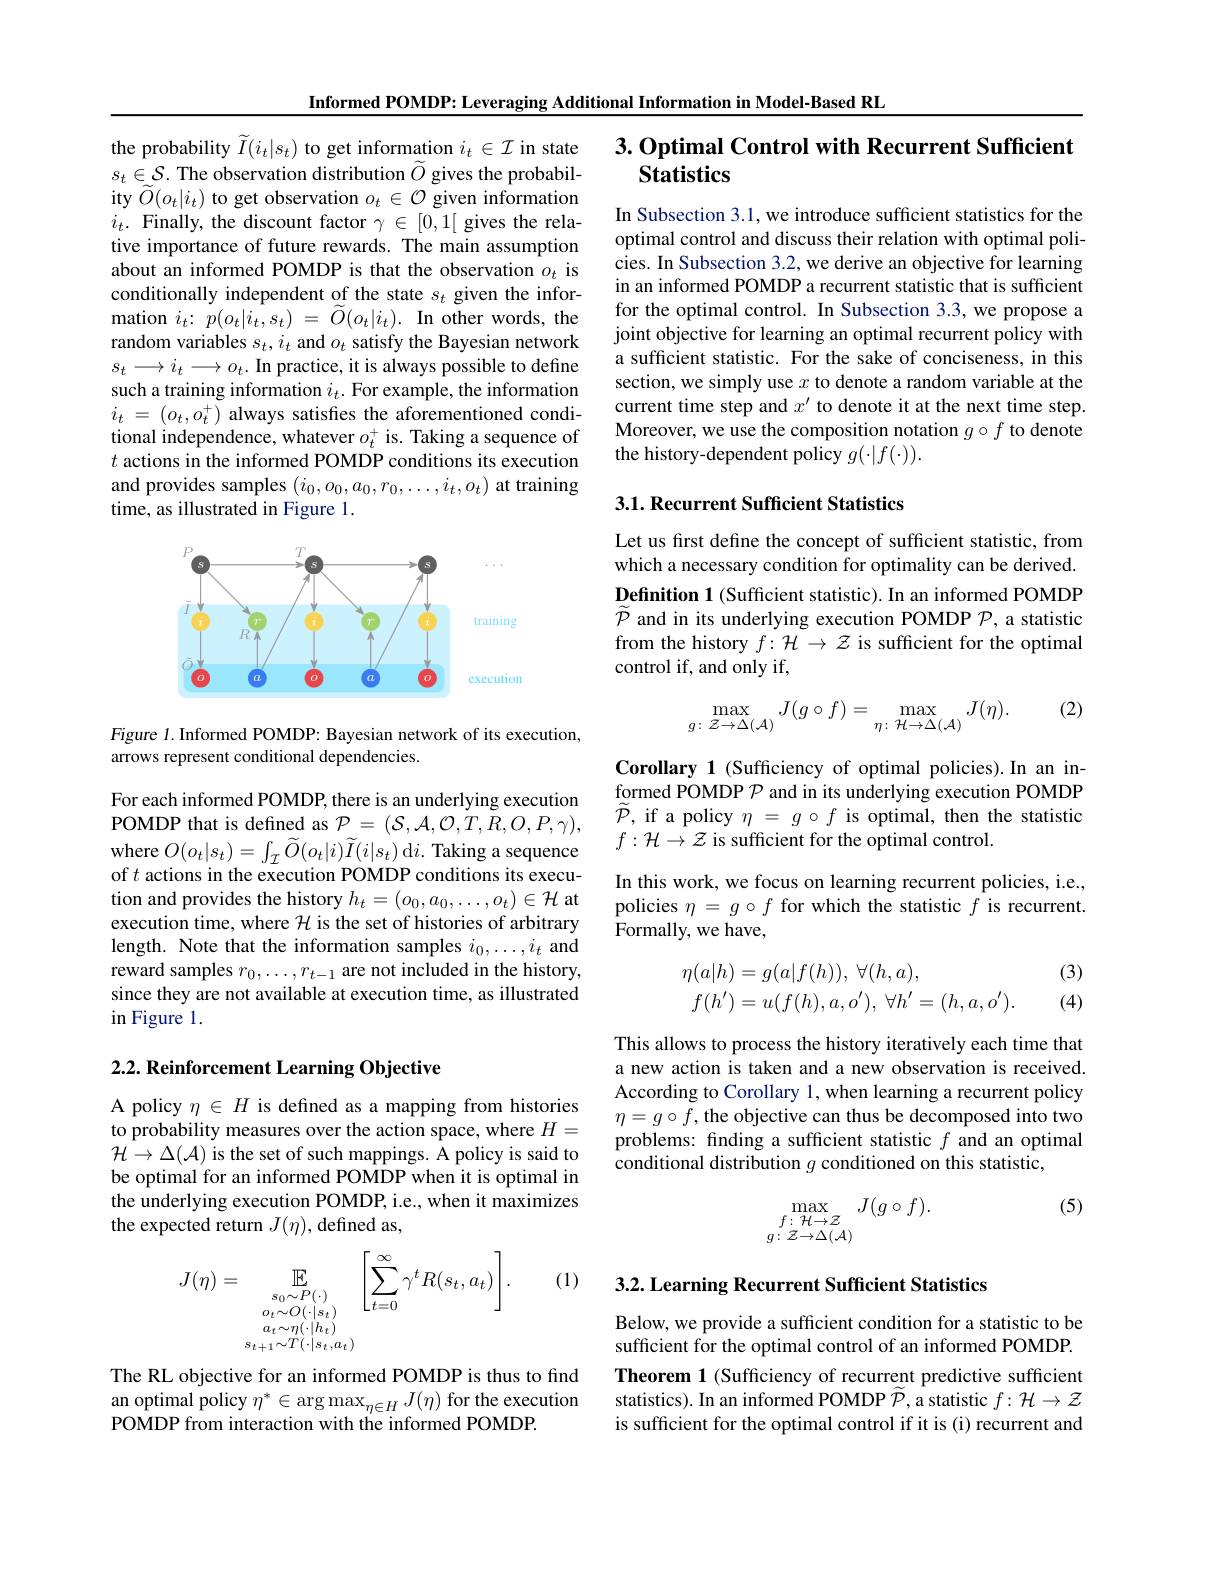
Informed POMDP: Leveraging Additional Information in Model-Based RL

the probability $\widetilde{I}(i_t|s_t)$ to get information $i_t\in\mathcal{I}$ in state $s_t\in\mathcal{S}.$ The observation distribution $\widetilde O$ gives the probability $\widetilde{O}(o_{t}|i_{t})$ to get observation $o_t\in\mathcal{O}$ given information $i_t.$ Finally, the discount factor $\gamma\in[0,1[$ gives the relative importance of future rewards. The main assumption about an informed POMDP is that the observation $o_t$ is conditionally independent of the state $s_t$ given the information $i_{t}\colon\tilde{p}(o_{t}|i_{t},s_{t})~=~\tilde{O}(o_{t}|i_{t}).~$In other words, the random variables $s_t,i_t$ and $o_t$ satisfy the Bayesian network $s_t\longrightarrow i_t\longrightarrow o_t.$ In practice, it is always possible to define such a training information $i_t.$ For example, the information $i_{t}$ = $( o_{t}, o_{t}^{+ })$ always satisfes the aforementioned conditional independence, whatever $o_t^+$ is. Taking a sequence of $t$ actions in the informed POMDP conditions its execution and provides samples $(i_0,o_0,a_0,r_0,\ldots,i_t,o_t)$ at training time, as illustrated in Figure 1.

<FigureHere>

Figure 1. Informed POMDP: Bayesian network of its execution,
arrows represent conditional dependencies.

For each informed POMDP, there is an underlying execution POMDP that is defined as $\mathcal{P}=(\mathcal{S},\mathcal{A},\mathcal{O},T,R,O,P,\gamma)$, where $O(o_{t}|s_{t})=\int_{\mathcal{I}}\widetilde{O}(o_{t}|i)\widetilde{I}(i|s_{t})$ d$i.$ Taking a sequence of $t$ actions in the execution POMDP conditions its execution and provides the history $h_t=(o_0,a_0,\ldots,o_t)\in\mathcal{H}$ at execution time, where $\mathcal{H}$ is the set of histories of arbitrary length. Note that the information samples $i_0,\ldots,i_t$ and reward samples $r_0,\ldots,r_{t-1}$ are not included in the history, since they are not available at execution time, as illustrated in Figure 1.

## $2. 2. \textbf{Reinforcement Learning Objective}$

A policy $\eta\in H$ is defined as a mapping from histories to probability measures over the action space, where $H=$ ${\mathcal H}\to\Delta({\mathcal A})$ is the set of such mappings. A policy is said to be optimal for an informed POMDP when it is optimal in the underlying execution POMDP, i.e., when it maximizes the expected return $J(\eta)$, defined as,

(1)
$$\begin{aligned}J(\eta)&=\quad\mathbb{E}_{s_{0}\sim P(\cdot)}\quad\left[\sum_{t=0}^{\infty}\gamma^{t}R(s_{t},a_{t})\right].\\&o_{t}\sim O(\cdot|s_{t})\\&a_{t}\sim\eta(\cdot|h_{t})\\&s_{t+1}{\sim}T(\cdot|s_{t},a_{t})\end{aligned}$$
The RL objective for an informed POMDP is thus to find an optimal policy $\eta^*\in\arg\max_{\eta\in H}J(\eta)$ for the execution POMDP from interaction with the informed POMDP.

$3. \textbf{Optimal Control with Recurrent Sufficient}$
## Statistics

In Subsection 3.1, we introduce sufficient statistics for the optimal control and discuss their relation with optimal policies. In Subsection 3.2, we derive an objective for learning in an informed POMDP a recurrent statistic that is sufficient for the optimal control. In Subsection 3.3, we propose a joint objective for learning an optimal recurrent policy with a sufficient statistic. For the sake of conciseness, in this section, we simply use $x$ to denote a random variable at the current time step and $x^\prime$ to denote it at the next time step. Moreover, we use the composition notation $g\circ f$ to denote the history-dependent policy $g(\cdot|f(\cdot)).$

## 3.1. Recurrent Sufficient Statistics

Let us first define the concept of sufficient statistic, from which a necessary condition for optimality can be derived. $\textbf{Definition 1}($Sufficient statistic).In an informed POMDP $\widetilde{\mathcal{P}}$ and in its underlying execution POMDP $\mathcal{P}$,a statistic from the history $f:\mathcal{H}\to\mathcal{Z}$ is sufficient for the optimal control if, and only if,

(2)
$$\max_{g\colon\mathcal{Z}\to\Delta(\mathcal{A})}J(g\circ f)=\max_{\eta\colon\mathcal{H}\to\Delta(\mathcal{A})}J(\eta).$$
Corollary 1 (Sufficiency of optimal policies).In an informed POMDP $\mathcal{P}$ and in its underlying execution POMDP $\widetilde{\mathcal{P}}$, if a policy $\eta=g\circ f$ is optimal, then the statistic $f:\mathcal{H}\to\mathcal{Z}$ is sufficient for the optimal control.
In this work, we focus on learning recurrent policies, i.e., policies $\eta=g\circ f$ for which the statistic $f$ is recurrent. ${\mathrm{Formally,~we~have,}}$

(3)

(4)
$$\begin{aligned}\eta(a|h)&=g(a|f(h)),\:\forall(h,a),\\f(h')&=u(f(h),a,o'),\:\forall h'=(h,a,o').\end{aligned}$$
This allows to process the history iteratively each time that a new action is taken and a new observation is received. According to Corollary 1, when learning a recurrent policy $\eta=g\circ f$, the objective can thus be decomposed into two problems: finding a sufficient statistic $f$ and an optimal conditional distribution $g$ conditioned on this statistic,

(5)
$$\max_{\begin{smallmatrix}f\colon\mathcal{H}\to\mathcal{Z}\\g\colon\mathcal{Z}\to\Delta(\mathcal{A})\end{smallmatrix}}J(g\circ f).$$
3.2. Learning Recurrent Sufficient Statistics

Below, we provide a sufficient condition for a statistic to be sufficient for the optimal control of an informed POMDP. Theorem 1 (Sufficiency of recurrent predictive sufficient statistics). In an informed POMDP $\widetilde{\mathcal{P}}$, a statistic $f:\mathcal{H}\to\mathcal{Z}$ is sufficient for the optimal control if it is (i) recurrent and